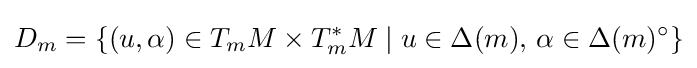
D_{m}=\{(u,\alpha )\in T_{m}M\times T_{m}^{*}M\mid u\in \Delta (m),\,\alpha \in \Delta (m)^{\circ }\}